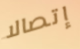
إتصالا